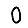
Digit: 0